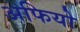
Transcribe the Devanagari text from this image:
अफियो